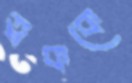
ত্বককে